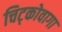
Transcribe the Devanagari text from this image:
चिट्कोवागा